Note on the mental hospitals in Burma - 1925-1940
Year: 1925
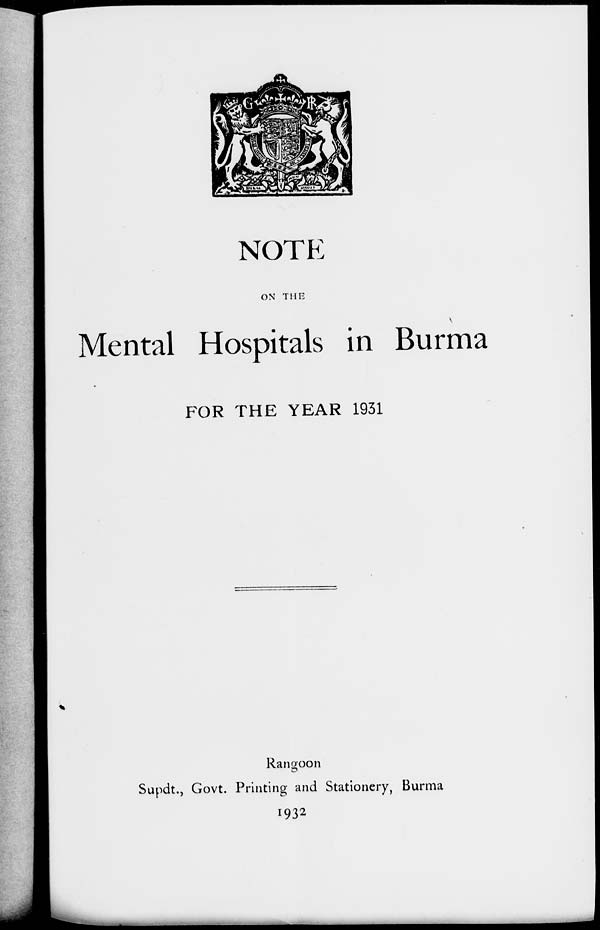
NOTE
ON THE
Mental Hospitals in Burma
FOR THE YEAR 1931
Rangoon
Supdt., Govt. Printing and Stationery, Burma
1932